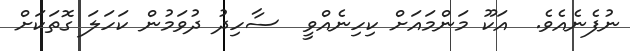
ނުފެނެއެވެ.  އަކޫ މަންމައަށް ކިހިނެއްވީ  ސާހިދު ދުވަމުން ކަހަލަ ގޮތަކަށް